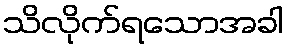
သိလိုက်ရသောအခါ